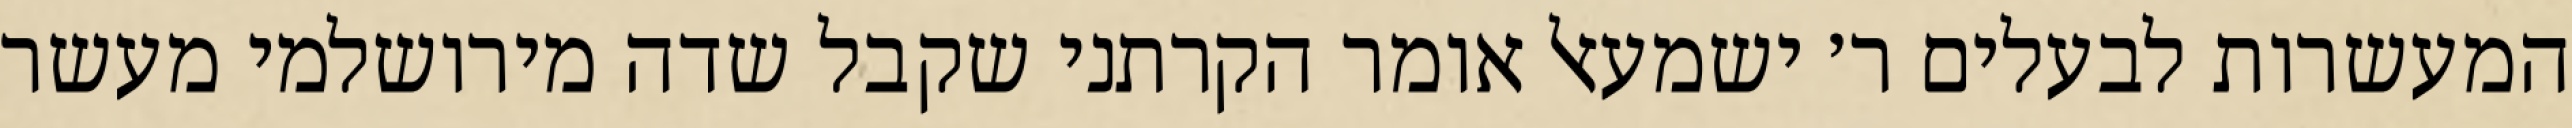
המעשרות לבעלים ר׳ ישמעאל אומר הקרתני שקבל שדה מירושלמי מעשר